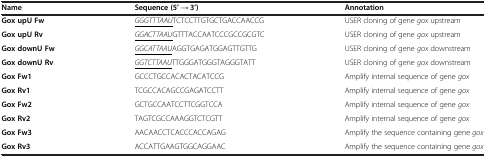
<table><thead><tr><td><b>Name</b></td><td><b>Sequence (5’ → 3’)</b></td><td><b>Annotation</b></td></tr></thead><tbody><tr><td><b>Gox upU Fw</b></td><td><i><underline>GGGTTTAAU</underline></i>TCTCCTTGTGCTGACCAACCG</td><td>USER cloning of gene <i>gox</i> upstream</td></tr><tr><td><b>Gox upU Rv</b></td><td><i><underline>GGACTTAAU</underline></i>GTTTACCAATCCCGCCGCGTC</td><td>USER cloning of gene <i>gox</i> upstream</td></tr><tr><td><b>Gox downU Fw</b></td><td><i><underline>GGCATTAAU</underline></i>AGGTGAGATGGAGTTGTTG</td><td>USER cloning of gene <i>gox</i> downstream</td></tr><tr><td><b>Gox downU Rv</b></td><td><i><underline>GGTCTTAAU</underline></i>TTGGGATGGGTAGGGTATT</td><td>USER cloning of gene <i>gox</i> downstream</td></tr><tr><td><b>Gox Fw1</b></td><td>GCCCTGCCACACTACATCCG</td><td>Amplify internal sequence of gene <i>gox</i></td></tr><tr><td><b>Gox Rv1</b></td><td>TCGCCACAGCCGAGATCCTT</td><td>Amplify internal sequence of gene <i>gox</i></td></tr><tr><td><b>Gox Fw2</b></td><td>GCTGCCAATCCTTCGGTCCA</td><td>Amplify internal sequence of gene <i>gox</i></td></tr><tr><td><b>Gox Rv2</b></td><td>TAGTCGCCAAAGGTCTCGTT</td><td>Amplify internal sequence of gene <i>gox</i></td></tr><tr><td><b>Gox Fw3</b></td><td>AACAACCTCACCCACCAGAG</td><td>Amplify the sequence containing gene <i>gox</i></td></tr><tr><td><b>Gox Rv3</b></td><td>ACCATTGAAGTGGCAGGAAC</td><td>Amplify the sequence containing gene <i>gox</i></td></tr></tbody></table>